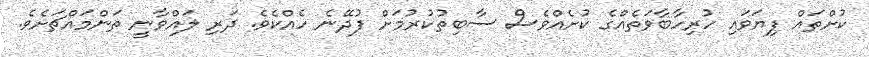
ކުށްތައް ފިޔަވައި ހުރިހާބާވަތެއްގެ ކުށެއްވެސް ސާބިތުކުރުމަށް ފުދޭނެ ހެއްކެވެ. ދަރި ލައްވާނީ ތަންމައްޗަށެވެ.